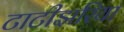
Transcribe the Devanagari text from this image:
टाटीझरिया